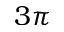
3 \pi